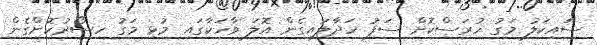
ސައިކަލު މަގު ހުރަސްކޮށް ސަފު ހަދާލައިގެން އޮލަ ވާހަކާގައި މުޅި މަގު ހިސޯރުކޮށްގެން